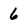
Character: 6